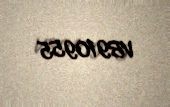
VB910955